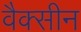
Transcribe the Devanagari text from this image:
वैक्‍सीन